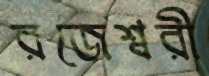
রজেশ্বরী